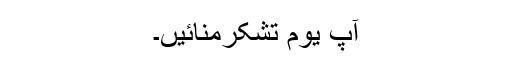
آپ یوم تشکرمنائیں۔